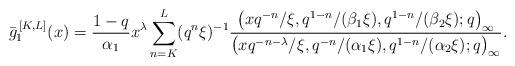
\begin{align*} \bar{g}_1^{\,[K,L]}(x) = \frac{1-q}{\alpha_1} x^{\lambda} \sum_{n=K}^{L} (q^n\xi )^{-1} \frac{\big(x q^{-n} / \xi, q^{1-n} /( \beta_1 \xi ), q^{1-n} /( \beta_2 \xi ) ; q\big)_{\infty}}{\big(x q^{-n-\lambda} / \xi, q^{-n} / (\alpha_1 \xi),q^{1-n} / (\alpha_2 \xi) ; q\big)_{\infty}} .\end{align*}